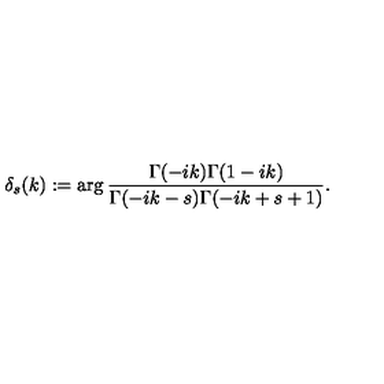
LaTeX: \delta _ { s } ( k ) : = \arg \frac { \Gamma ( - i k ) \Gamma ( 1 - i k ) } { \Gamma ( - i k - s ) \Gamma ( - i k + s + 1 ) } .